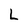
Character: L